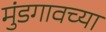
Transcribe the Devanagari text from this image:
मुंडगावच्या